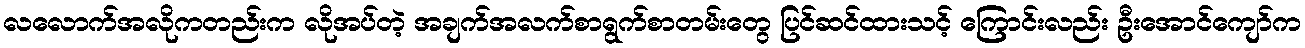
လလောက်အလိုကတည်းက လိုအပ်တဲ့ အချက်အလက်စာရွက်စာတမ်းတွေ ပြင်ဆင်ထားသင့် ကြောင်းလည်း ဦးအောင်ကျော်က